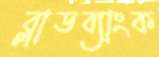
ব্লাডব্যাংক